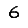
Digit: 6